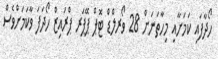
ހޯދާފައި ކަމަށާއި މިހާތަނަށް 28 ވޯރލްޑް ޓޮޕް ޕޭޕަރ ޕްރައިޒް ހޯދަފަ ވާކަމަށްވެސް